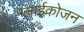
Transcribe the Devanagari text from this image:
ग्लाईकोजन